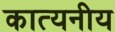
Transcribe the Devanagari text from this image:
कात्यनीय